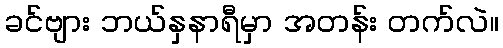
ခင်ဗျား ဘယ်နှနာရီမှာ အတန်း တက်လဲ။